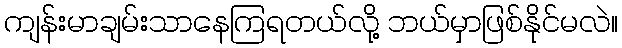
ကျန်းမာချမ်းသာနေကြရတယ်လို့ ဘယ်မှာဖြစ်နိုင်မလဲ။